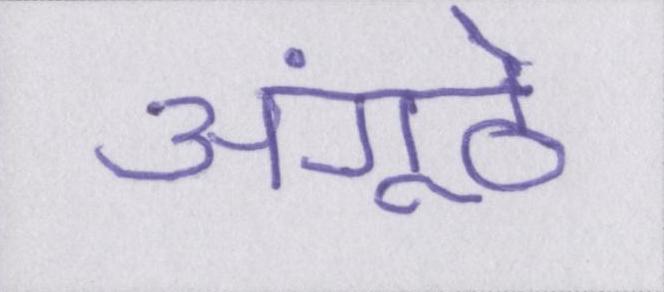
अंगूठे